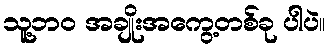
သူ့ဘဝ အချိုးအကွေ့တစ်ခု ပါပဲ။